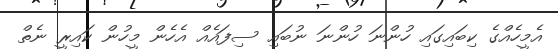
އެމީހެއްގެ ކިބައިގައި ހުންނަ ހުންނަ ނުބައި ސިފައެއް އެހެން މީހުން ކައިރީ ނެތް